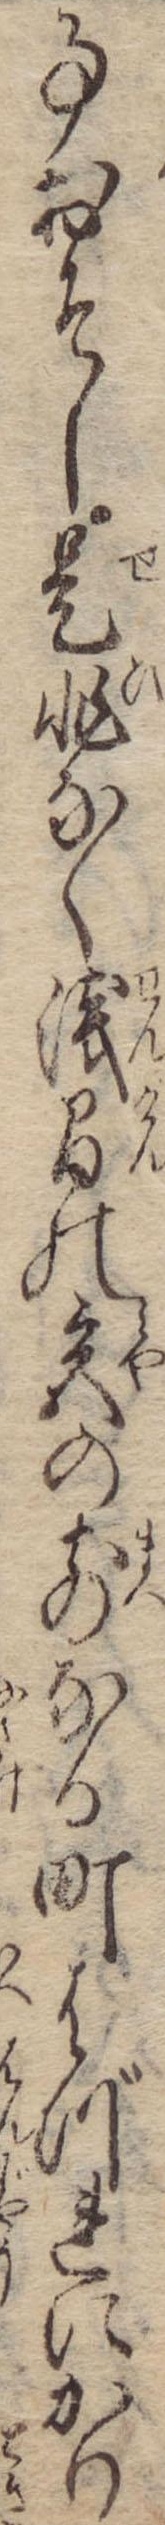
事おそし是非なく浅間の宮の前なる町はづれにかり